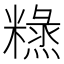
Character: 𥼙